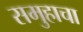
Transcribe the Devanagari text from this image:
समुहाचा